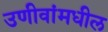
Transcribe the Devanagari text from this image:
उणीवांमधील